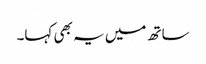
ساتھ میں یہ بھی کہا۔